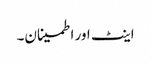
اینٹ اور اطمینان۔